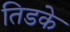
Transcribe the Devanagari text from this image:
तिडके